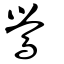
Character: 鶯